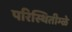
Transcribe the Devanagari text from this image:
परिस्थितीम्ळे